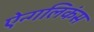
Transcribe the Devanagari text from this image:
ऐन्गलिकंस